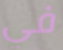
في